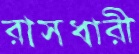
রাসধারী